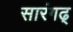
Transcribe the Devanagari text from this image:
सारंगढ्